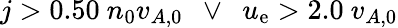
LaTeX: j>0.50\ n_{0}v_{A,0}\ \ \lor\ \ u_{\mathrm{e}}>2.0\ v_{A,0}